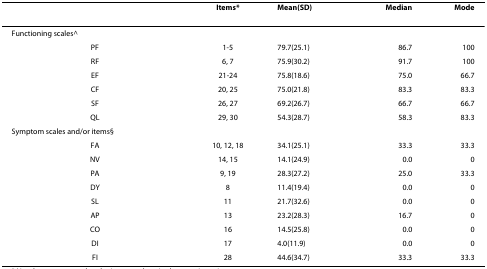
<table><thead><tr><td></td><td><b>Items*</b></td><td><b>Mean(SD)</b></td><td><b>Median</b></td><td><b>Mode</b></td></tr></thead><tbody><tr><td>Functioning scales^</td><td></td><td></td><td></td><td></td></tr><tr><td>PF</td><td>1-5</td><td>79.7(25.1)</td><td>86.7</td><td>100</td></tr><tr><td>RF</td><td>6, 7</td><td>75.9(30.2)</td><td>91.7</td><td>100</td></tr><tr><td>EF</td><td>21-24</td><td>75.8(18.6)</td><td>75.0</td><td>66.7</td></tr><tr><td>CF</td><td>20, 25</td><td>75.0(21.8)</td><td>83.3</td><td>83.3</td></tr><tr><td>SF</td><td>26, 27</td><td>69.2(26.7)</td><td>66.7</td><td>66.7</td></tr><tr><td>QL</td><td>29, 30</td><td>54.3(28.7)</td><td>58.3</td><td>83.3</td></tr><tr><td>Symptom scales and/or items§</td><td></td><td></td><td></td><td></td></tr><tr><td>FA</td><td>10, 12, 18</td><td>34.1(25.1)</td><td>33.3</td><td>33.3</td></tr><tr><td>NV</td><td>14, 15</td><td>14.1(24.9)</td><td>0.0</td><td>0</td></tr><tr><td>PA</td><td>9, 19</td><td>28.3(27.2)</td><td>25.0</td><td>33.3</td></tr><tr><td>DY</td><td>8</td><td>11.4(19.4)</td><td>0.0</td><td>0</td></tr><tr><td>SL</td><td>11</td><td>21.7(32.6)</td><td>0.0</td><td>0</td></tr><tr><td>AP</td><td>13</td><td>23.2(28.3)</td><td>16.7</td><td>0</td></tr><tr><td>CO</td><td>16</td><td>14.5(25.8)</td><td>0.0</td><td>0</td></tr><tr><td>DI</td><td>17</td><td>4.0(11.9)</td><td>0.0</td><td>0</td></tr><tr><td>FI</td><td>28</td><td>44.6(34.7)</td><td>33.3</td><td>33.3</td></tr></tbody></table>